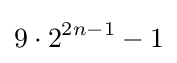
9\cdot 2^{2n-1}-1